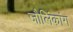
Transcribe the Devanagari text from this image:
जौलिंकांग